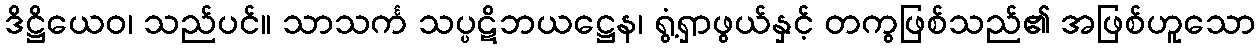
ဒိဋ္ဌိယေဝ၊ သည်ပင်။ သာသင်္က သပ္ပဋိဘယဋ္ဌေန၊ ရွံ့ရှာဖွယ်နှင့် တကွဖြစ်သည်၏ အဖြစ်ဟူသော